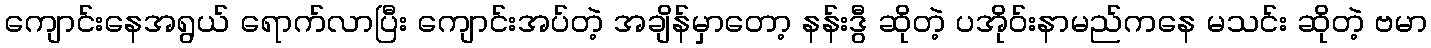
ကျောင်းနေအရွယ် ရောက်လာပြီး ကျောင်းအပ်တဲ့ အချိန်မှာတော့ နန်းဒွီ ဆိုတဲ့ ပအိုဝ်းနာမည်ကနေ မသင်း ဆိုတဲ့ ဗမာ